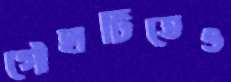
গৌহাটিতেও